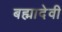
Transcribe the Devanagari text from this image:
बह्मादेवी